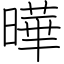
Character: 曄